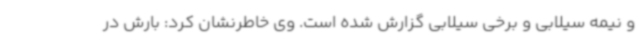
و نیمه سیلابی و برخی سیلابی گزارش شده است. وی خاطرنشان کرد: بارش در